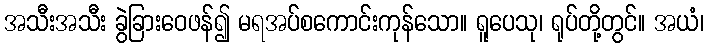
အသီးအသီး ခွဲခြားဝေဖန်၍ မရအပ်စကောင်းကုန်သော။ ရူပေသု၊ ရုပ်တို့တွင်။ အယံ၊